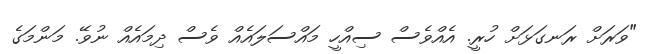
"ވަރަށް ރަނގަޅަށް ހުރީ. އެއްވެސް ސިއްހީ މައްސަލައެއް ވެސް ދިމައެއް ނުވޭ. މަންމަގެ